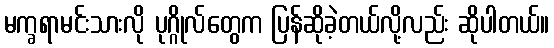
မက္ခရာမင်းသားလို ပုဂ္ဂိုလ်တွေက ပြန်ဆိုခဲ့တယ်လို့လည်း ဆိုပါတယ်။